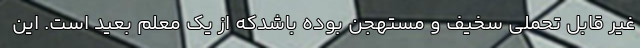
غیر قابل تحملی سخیف و مستهجن بوده باشدکه از یک معلم بعید است. این